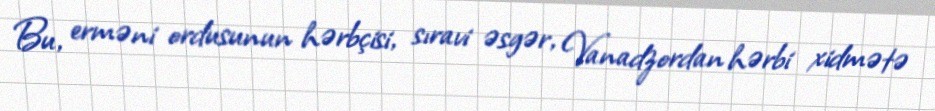
Bu, erməni ordusunun hərbçisi, sıravi əsgər, Vanadzordan hərbi xidmətə